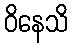
ဝိနေသိ